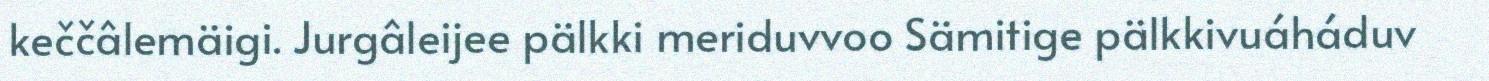
keččâlemäigi. Jurgâleijee pälkki meriduvvoo Sämitige pälkkivuáháduv